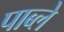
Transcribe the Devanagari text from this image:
पाब्ले